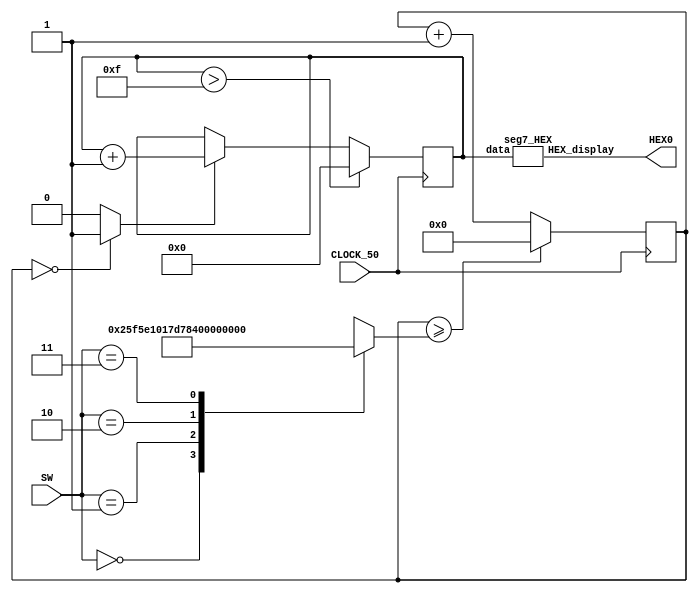
module main(SW, CLOCK_50, HEX0);
    input [1:0] SW;
    input CLOCK_50;
    output [6:0] HEX0;

    reg [3:0] Data_out;
    reg [26:0] count;
    reg [26:0] counter;
    wire enable;

    initial Data_out <= 4'b0;
    initial count <= 27'b000000000000000000000000001;
    initial counter <= 27'b000000000000000000000000000;
    assign enable = (counter == 27'b000000000000000000000000000) ? 1 : 0;

    seg7_HEX u1 (Data_out, HEX0);

    always@(*)
        begin
            case(SW)
                2'b00: count = 27'b000000000000000000000000001;
                2'b01: count = 27'b001011111010111100001000000;
                2'b10: count = 27'b010111110101111000010000000;
                2'b11: count = 27'b101111101011110000100000000;
                default: count = 27'b000000000000000000000000001;
            endcase
        end

    always@(posedge CLOCK_50)
        begin
            if (counter >= count)
                counter <= 27'b000000000000000000000000000;
            else
                counter <= counter + 1;

            if (enable)
                Data_out <= Data_out + 1;
            
            if (Data_out > 4'b1111)
                Data_out <= 0; 
        end

endmodule

module seg7_HEX (data, HEX_display);
    input [0:3] data;
    output [6:0] HEX_display;

    assign HEX_display[0] = (~ data[0] & ~ data[1] & ~ data[2] & data[3]) | (~ data[0] & data[1] & ~ data[2] & ~ data[3]) | (data[0] & ~ data[1] & data[2] & data[3]) | (data[0] & data[1] & ~ data[2] & data[3]);
    assign HEX_display[1] = (data[0] & data[1] & data[2] & data[3]) | (data[0] & data[1] & data[2] & ~ data[3]) | (data[0] & data[1] & ~ data[2] & ~ data[3]) | (data[0] & ~ data[1] & data[2] & data[3]) | (~ data[0] & data[1] & data[2] & ~ data[3]) | (~ data[0] & data[1] & ~ data[2] & data[3]);
    assign HEX_display[2] = (data[0] & data[1] & data[2] & data[3]) | (data[0] & data[1] & data[2] & ~ data[3]) | (data[0] & data[1] & ~ data[2] & ~ data[3]) | (~ data[0] & ~ data[1] & data[2] & ~ data[3]);
    assign HEX_display[3] = (data[0] & data[1] & data[2] & data[3]) | (data[0] & ~ data[1] & data[2] & ~ data[3]) | (data[0] & ~ data[1] & ~ data[2] & data[3]) | (~ data[0] & data[1] & data[2] & data[3]) | (~ data[0] & data[1] & ~ data[2] & ~ data[3]) | (~ data[0] & ~ data[1] & ~ data[2] & data[3]);
    assign HEX_display[4] = (data[0] & ~ data[1] & ~ data[2] & data[3]) | (~ data[0] & data[1] & data[2] & data[3]) | (~ data[0] & data[1] & ~ data[2] & data[3]) | (~ data[0] & data[1] & ~ data[2] & ~ data[3]) | (~ data[0] & ~ data[1] & data[2] & data[3]) | (~ data[0] & ~ data[1] & ~ data[2] & data[3]);
    assign HEX_display[5] = (data[0] & data[1] & ~ data[2] & data[3]) | (~ data[0] & data[1] & data[2] & data[3]) | (~ data[0] & ~ data[1] & data[2] & data[3]) | (~ data[0] & ~ data[1] & data[2] & ~ data[3]) | (~ data[0] & ~ data[1] & ~ data[2] & data[3]);
    assign HEX_display[6] = (data[0] & data[1] & ~ data[2] & ~ data[3]) | (~ data[0] & data[1] & data[2] & data[3]) | (~ data[0] & ~ data[1] & ~ data[2] & data[3]) | (~ data[0] & ~ data[1] & ~ data[2] & ~ data[3]);
endmodule